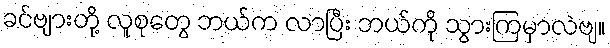
ခင်ဗျားတို့ လူစုတွေ ဘယ်က လာပြီး ဘယ်ကို သွားကြမှာလဲဗျ။